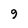
Character: 9